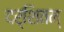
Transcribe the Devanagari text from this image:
दर्शितम्